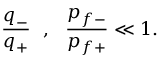
{ \frac { q _ { - } } { q _ { + } } } \ \ , \ \ { \frac { p _ { f - } } { p _ { f + } } } \ll 1 .